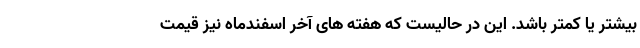
بیشتر یا کمتر باشد. این در حالیست که هفته های آخر اسفندماه نیز قیمت